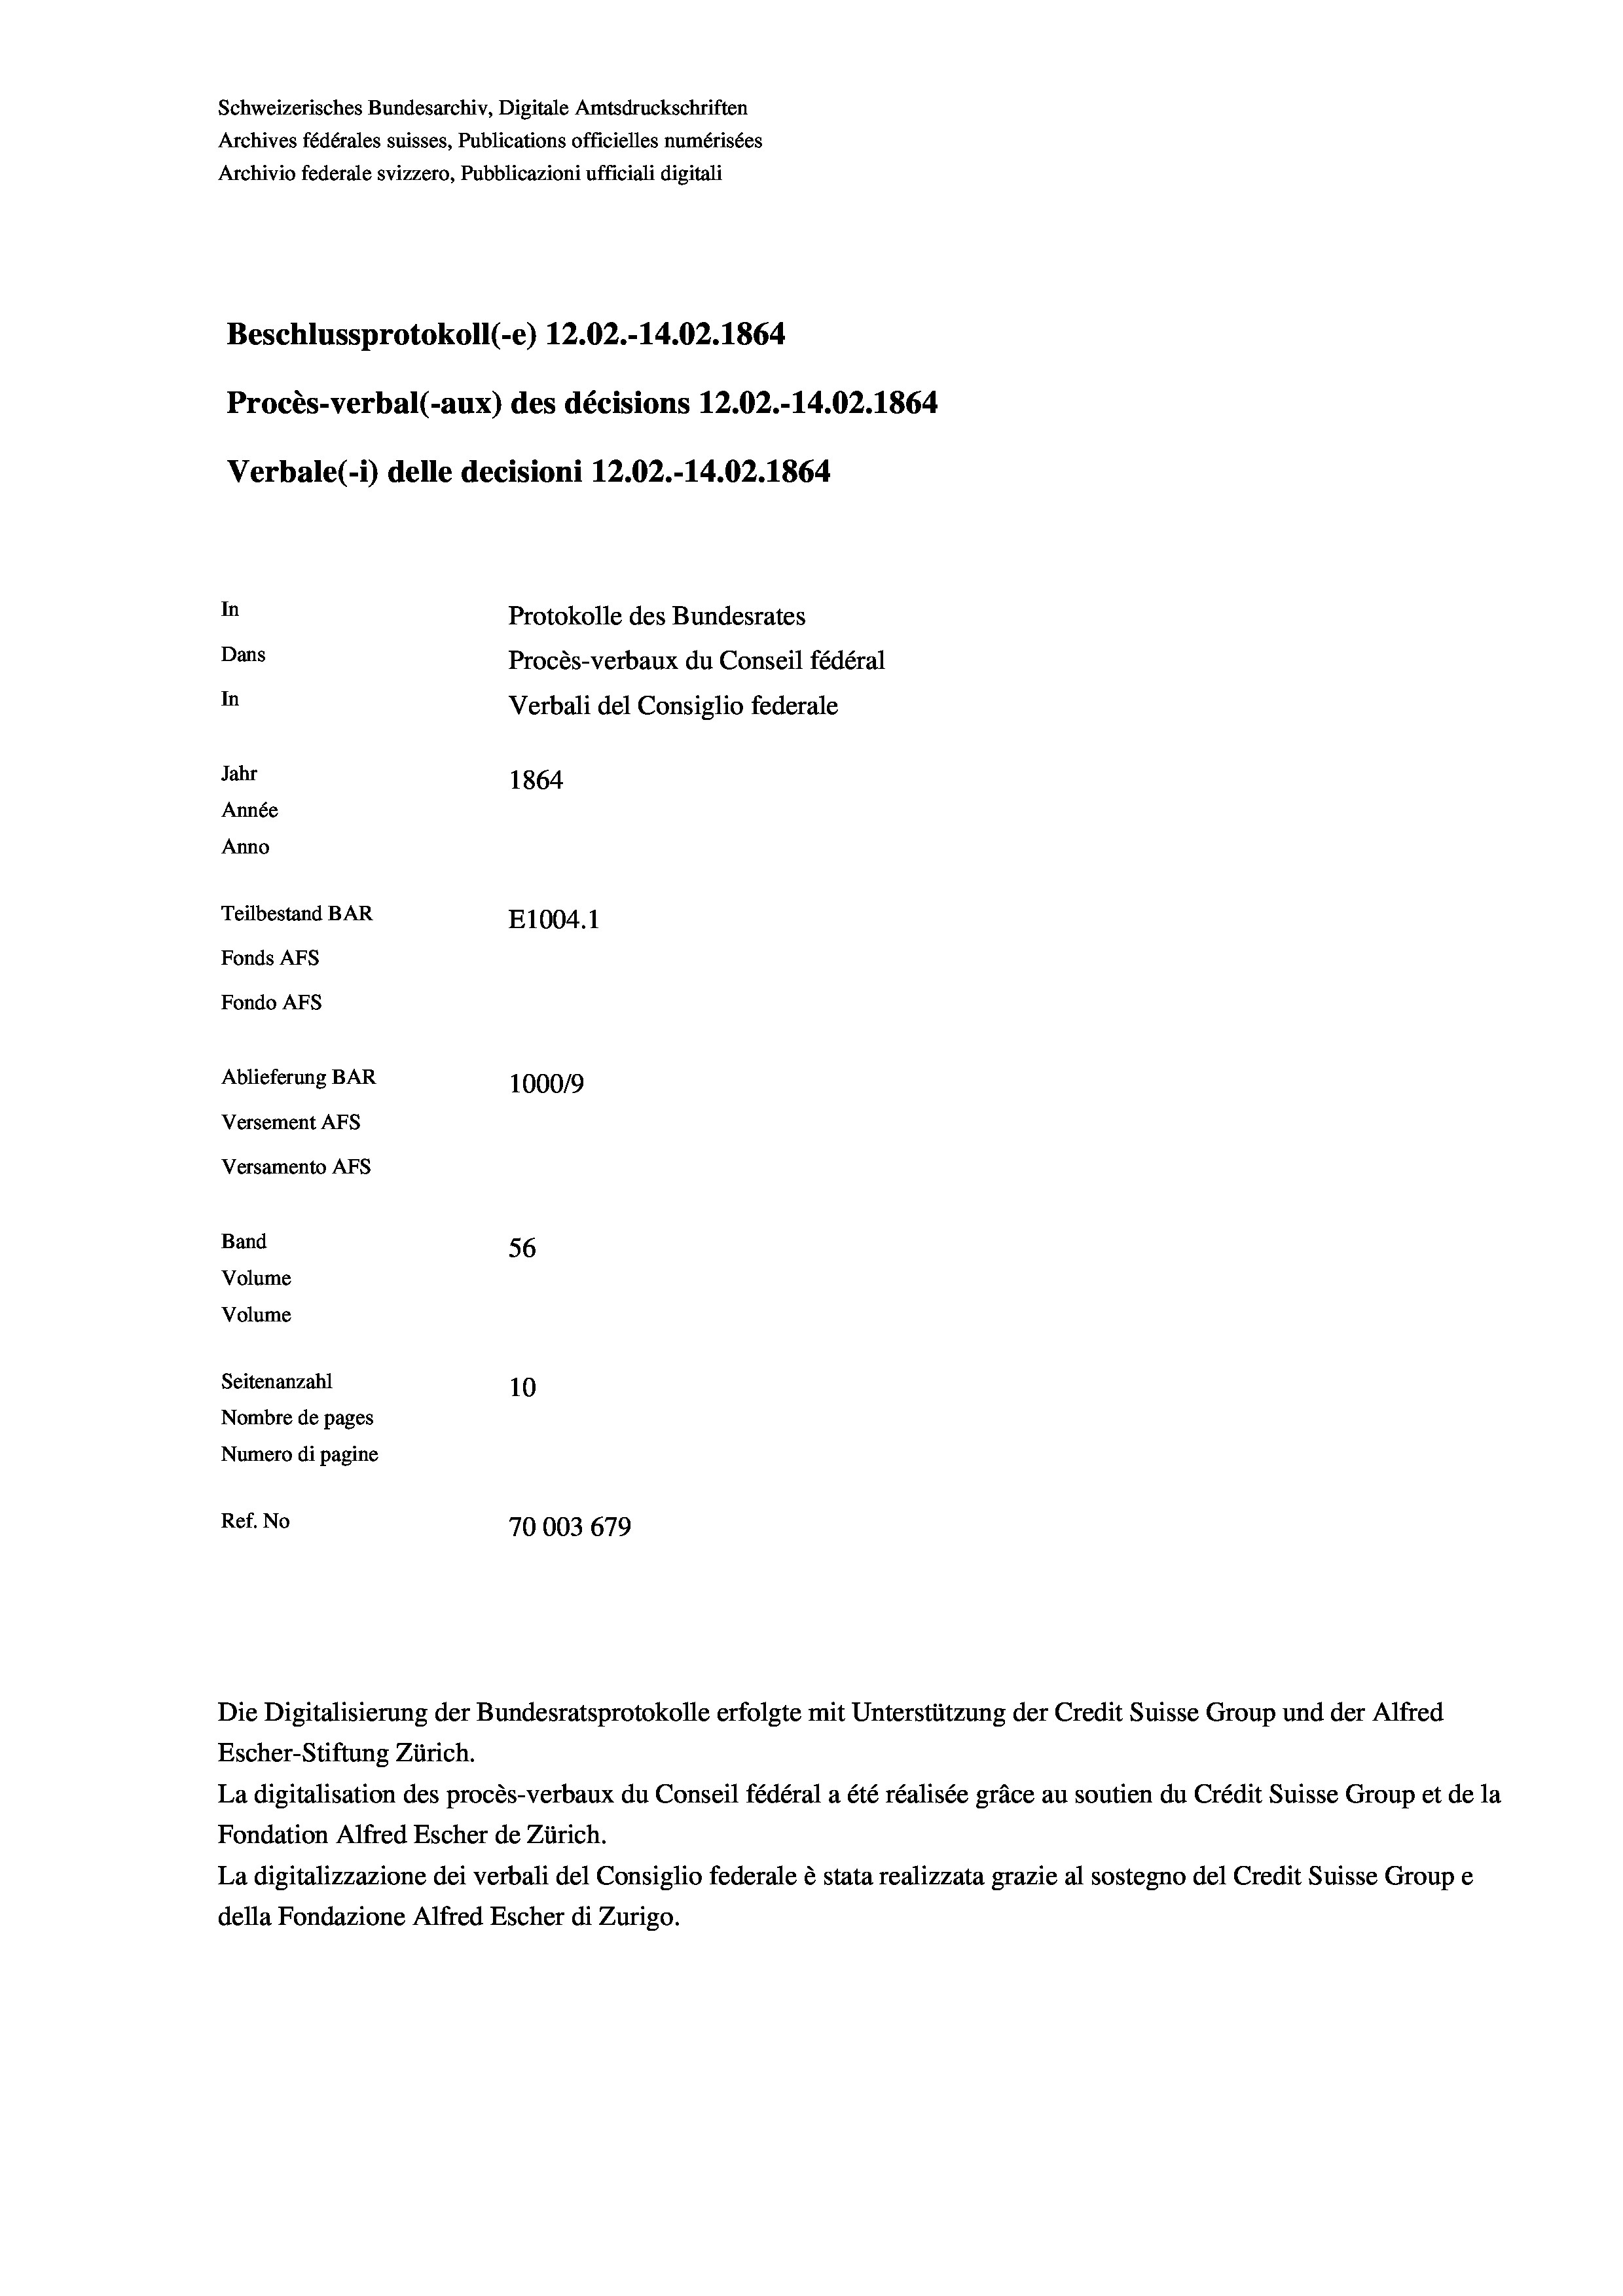
Beschlussprotokoll (-e) 12.02.-14.02. 1864
Procès-verbal (-aux) des décisions 12.02.-14.02. 1864
Verbale (i) delle decisioni 12.02.-14.02. 1864
In
Protokolle des Bundesrates
Dans
Procès-verbaux du Conseil fédéral
In
Verbali del Consiglio federale
Jahr
1864
Année
Anno
Teilbestand BAR
E1004. 1
Fonds AFs
Fondo AFs

Ablieferung BAR
Versement AFs
Versamento Afs
Band
Volume
Volume
Seitenanzahl

Schweizerisches Bundesarchiv, Digitale Amtsdruckschriften
Archives fédérales suisses, Publications officielles numérisées
Archivio federale svizzero, Pubblicazioni ufficiali digitali

100019
56
10
Nombre de pages
Numero di pagine
Ref. No
70003 679

Escher-Stiftung Zürich.
La digitalisation des procès-verbaux du Conseil fédéral a été réalisée gräce au soutien du Crédit Suisse Group et de la
Fondation Alfred Escher de Zürich.
La digitalizzazione dei verbali del Consiglio federale è stata realizzata grazie al sostegno del Credit Suisse Groupe
della Fondazione Alfred Escher di Zurigo.

Die Digitalisierung der Bundesratsprotokolle erfolgte mit Unterstützung der Credit Suisse Group und der Alfred